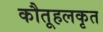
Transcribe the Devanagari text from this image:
कौतूहलकृत